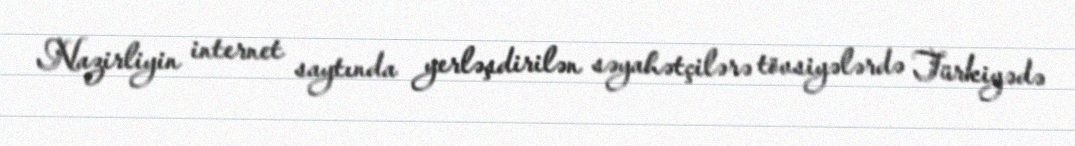
Nazirliyin internet saytında yerləşdirilən səyahətçilərə tövsiyələrdə Türkiyədə